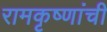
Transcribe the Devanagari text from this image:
रामकृष्णांची